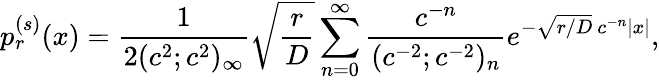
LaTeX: p_{r}^{(s)}(x)=\frac{1}{2(c^{2};c^{2})_{\infty}}\sqrt{\frac{r}{D}}\sum_{n=0}^{\infty}\frac{c^{-n}}{(c^{-2};c^{-2})_{n}}e^{-\sqrt{r/D}\ c^{-n}|x|},